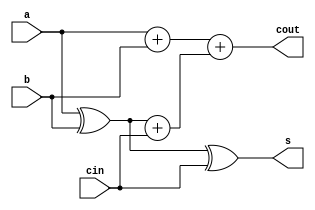
//1 bit full_adder:
module full_adder(a, b, cin, s, cout);
// inputs and outputs
input   a, b, cin;
output s,cout;
wire p,g;
assign p=a^b;
assign g=a+b;
assign s=p^cin;
assign cout=g+(p+cin);

endmodule


// a 4-bit unsigned array multiplier
module mul_4bits(x, y, out);
// inputs and outputs
input   [3:0] x, y;
output [7:0] out;
wire a1,a2,a3,a4,b1,b2,b3,b4,c1,c2,c3,c4,d1,d2,d3,d4;
wire o2,o3,o4,o6,o7,o8,o10,o11,o12;
wire r1,r2,r3,r4,r5,r6,r7,r8,r9,r10,r11,r12,r13,r14,r15;
assign a1=x[0]&y[0];
assign a2=x[1]&y[0];
assign a3=x[2]&y[0];
assign a4=x[3]&y[0];
assign b1=x[0]&y[1];
assign b2=x[1]&y[1];
assign b3=x[2]&y[1];
assign b4=x[3]&y[1];
assign c1=x[0]&y[2];
assign c2=x[1]&y[2];
assign c3=x[2]&y[2];
assign c4=x[3]&y[2];
assign d1=x[0]&y[3];
assign d2=x[1]&y[3];
assign d3=x[2]&y[3];
assign d4=x[3]&y[3];

full_adder FA1(.a(a1),.b(1'b0),.cin(1'b0),.s(out[0]),.cout(r1));
full_adder FA2(.a(a2),.b(1'b0),.cin(r1),.s(o2),.cout(r2));
full_adder FA3(.a(a3),.b(1'b0),.cin(r2),.s(o3),.cout(r3));
full_adder FA4(.a(a4),.b(1'b0),.cin(r3),.s(o4),.cout(r4));
full_adder FA5(.a(b1),.b(o2),.cin(1'b0),.s(out[1]),.cout(r5));
full_adder FA6(.a(b2),.b(o3),.cin(r5),.s(o6),.cout(r6));
full_adder FA7(.a(b3),.b(o4),.cin(r6),.s(o7),.cout(r7));
full_adder FA8(.a(b4),.b(r4),.cin(r7),.s(o8),.cout(r8));
full_adder FA9(.a(c1),.b(o6),.cin(1'b0),.s(out[2]),.cout(r9));
full_adder FA10(.a(c2),.b(o7),.cin(r9),.s(o10),.cout(r10));
full_adder FA11(.a(c3),.b(o8),.cin(r10),.s(o11),.cout(r11));
full_adder FA12(.a(c4),.b(r8),.cin(r11),.s(o12),.cout(r12));
full_adder FA13(.a(d1),.b(o10),.cin(1'b0),.s(out[3]),.cout(r13));
full_adder FA14(.a(d2),.b(o11),.cin(r13),.s(out[4]),.cout(r14));
full_adder FA15(.a(d3),.b(o12),.cin(r14),.s(out[5]),.cout(r15));
full_adder FA16(.a(d4),.b(r12),.cin(r15),.s(out[6]),.cout(out[7]));

endmodule